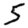
Digit: 5